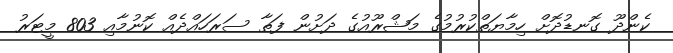
ކެންދޫ ގޮނޑުދޮށް ހިމާޔަތްކުރުމުގެ މަޝްރޫއުގެ ދަށުން ފަތާ ސަރަހައްދެއް ކޮނުމާއި 803 މީޓަރު